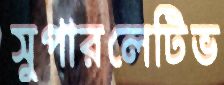
সুপারলেটিভ